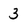
Character: 3